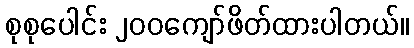
စုစုပေါင်း ၂၀၀ကျော်ဖိတ်ထားပါတယ်။